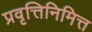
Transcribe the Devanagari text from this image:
प्रवृत्तिनिमित्त